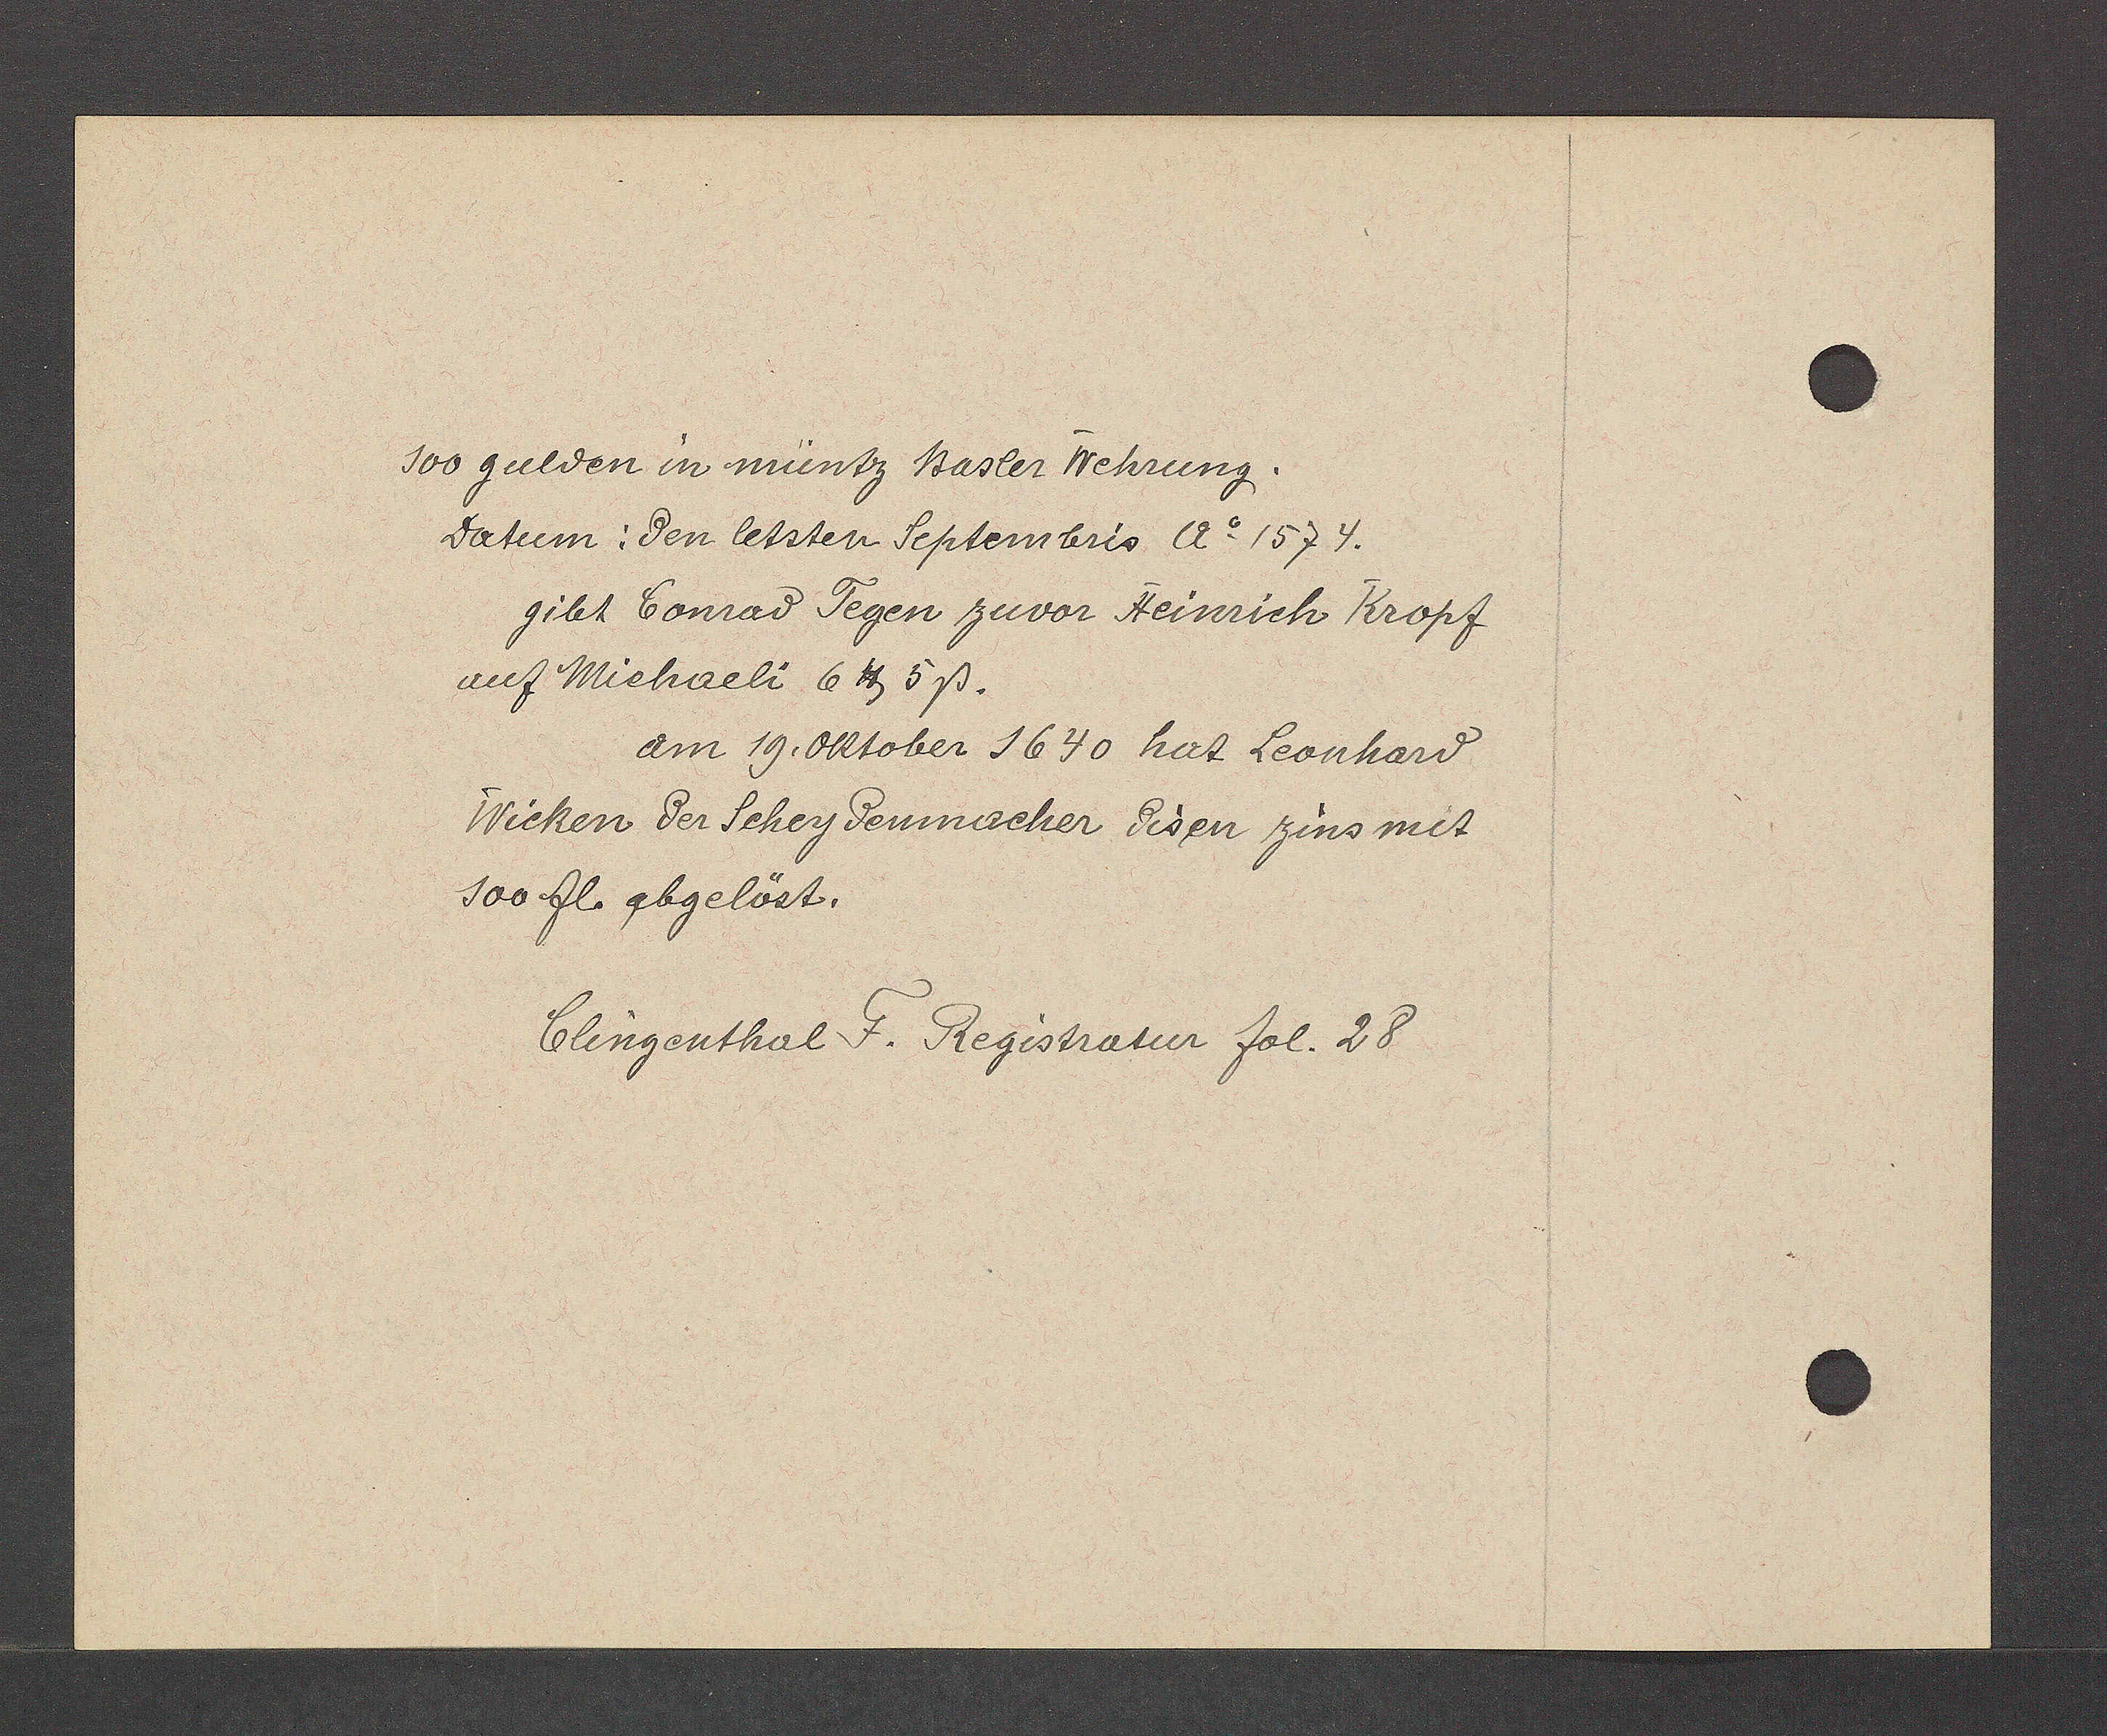
Transcript:
100 gulden in müntz Basler Wehrung.
Datum: den letsten Septembris Ao 1574.
gibt Conrad Tegen zuvor Heinrich Kropf
auf Michaeli 6℔ 5ß.
am 19. Oktober 1640 hat Leonhard.
Wicken der Scheydenmacher disen zins mit
100 fl. abgelöst.
Clingenthal F. Registratur fol. 28